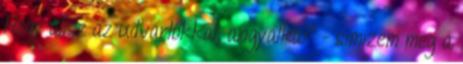
Hogy állsz az udvarlókkal, angyalka? - simizem meg a